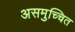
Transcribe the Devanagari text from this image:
असमुच्चित